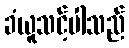
ခံယူသင့်ပါသည်